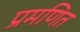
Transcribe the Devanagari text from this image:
प्रमणित